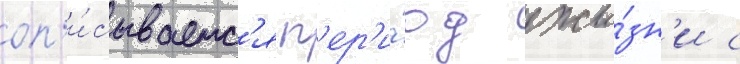
оп'и́сываетс'я п'ер'и́од жи́зн'и с